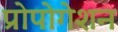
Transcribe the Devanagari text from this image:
प्रोपोगेशन